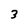
Character: 3